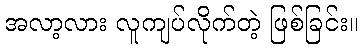
အလာ့လား လူကျပ်လိုက်တဲ့ ဖြစ်ခြင်း။